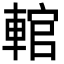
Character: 輨